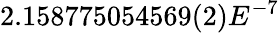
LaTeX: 2.158775054569(2)E^{-7}